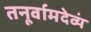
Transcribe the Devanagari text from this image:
तनूर्वामदेव्यं